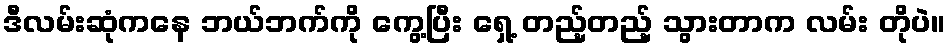
ဒီလမ်းဆုံကနေ ဘယ်ဘက်ကို ကွေ့ပြီး ရှေ့ တည့်တည့် သွားတာက လမ်း တိုပဲ။